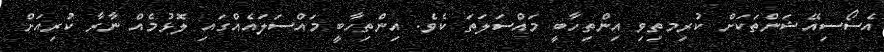
އެސޯސިއޭޝަންތަކަށް ކުރިމތިވި އިންތިހާބީ މައްސަލަތަ ކެވެ. އިންތިހާބީ މައްސަލައެއްގައި ލޮޅުމެއް ނާރާ ކުރިއަށް